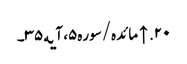
۲۰. ↑ مائده/سوره۵، آیه۳۵۔